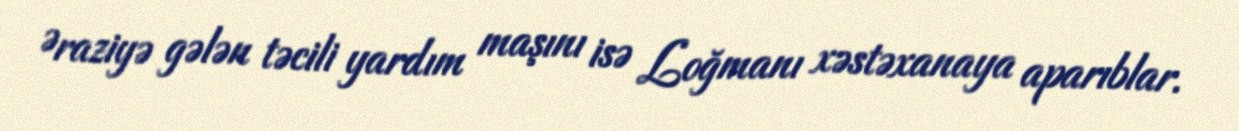
Əraziyə gələn təcili yardım maşını isə Loğmanı xəstəxanaya aparıblar.